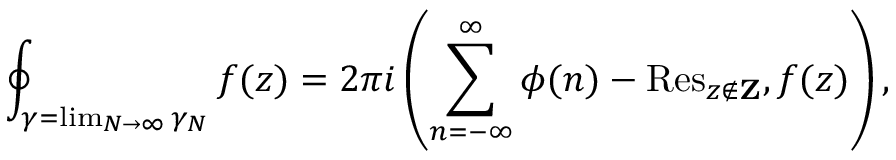
\oint _ { \gamma = \operatorname * { l i m } _ { N \rightarrow \infty } \gamma _ { N } } f ( z ) = 2 \pi i \left( \sum _ { n = - \infty } ^ { \infty } \phi ( n ) - \mathrm { R e s } _ { z \not \in { \bf Z } } , f ( z ) \right) ,